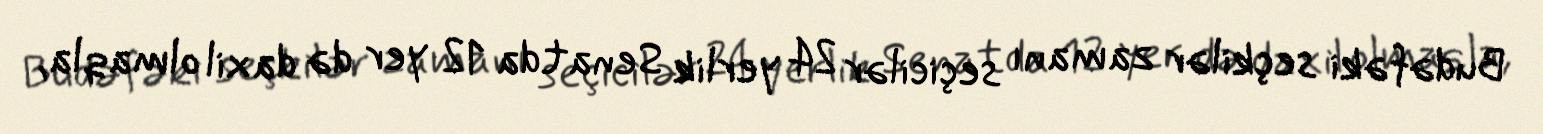
Budəfəki seçkilər zamanı seçicilər 24 yerlik Senatda 12 yer də daxil olmaqla,